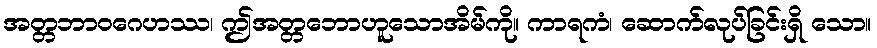
အတ္တဘာဝဂေဟဿ၊ ဤအတ္တဘောဟူသောအိမ်ကို။ ကာရကံ၊ ဆောက်လုပ်ခြင်းရှိ သော။